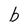
Character: b